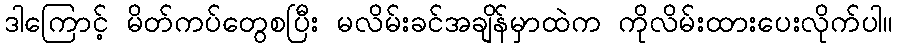
ဒါကြောင့် မိတ်ကပ်တွေစပြီး မလိမ်းခင်အချိန်မှာထဲက ကိုလိမ်းထားပေးလိုက်ပါ။